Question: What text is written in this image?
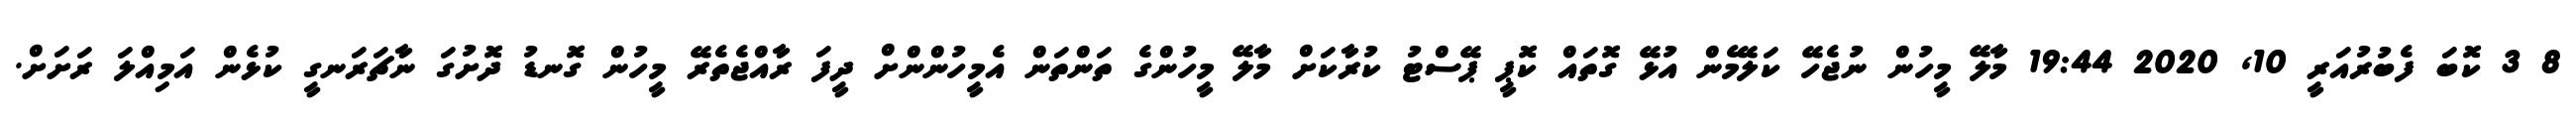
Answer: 8 3 ކޮބަ ފެބުރުއަރީ 10, 2020 19:44 މާލޭ މީހުން ނުޖެހޭ ކަލޭމެން އުޅޭ ގޮތައް ކޮޕީ ޕޭސްޓު ކުރާކަށް މާލޭ މީހުންގެ ތަންތަން އެމީހުންންށް ދީފަ ރާއްޖެތެރޭ މީހުން ގޮނޑު ދޮށުގަ ނާޗަރަނގީ ކުޅެން އަމިއްލަ ރަށަށް.